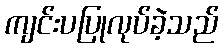
ကျင်းပပြုလုပ်ခဲ့သည်